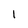
Character: l